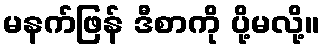
မနက်ဖြန် ဒီစာကို ပို့မလို့။